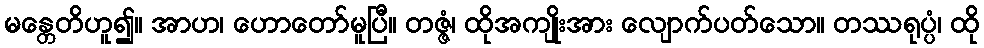
မန္တေတိဟူ၍။ အာဟ၊ ဟောတော်မူပြီ။ တဇ္ဇံ၊ ထိုအကျိုးအား လျောက်ပတ်သော။ တဿရုပ္ပံ၊ ထို